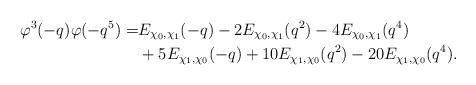
LaTeX: \begin{align*}\varphi^3 (-q) \varphi (-q^5) =& E_{\chi_0,\chi_1}(-q) -2E_{\chi_0,\chi_1}(q^2) -4 E_{\chi_0,\chi_1}(q^4) \\& + 5E_{\chi_1,\chi_0}(-q) + 10E_{\chi_1,\chi_0}(q^2) -20E_{\chi_1,\chi_0}(q^4).\end{align*}